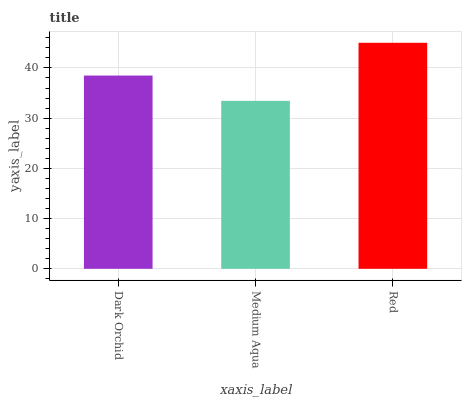
| xaxis_label | bars |
 | --- | --- |
 | Dark Orchid | 38.5 |
 | Medium Aqua | 33.4 |
 | Red | 45 |